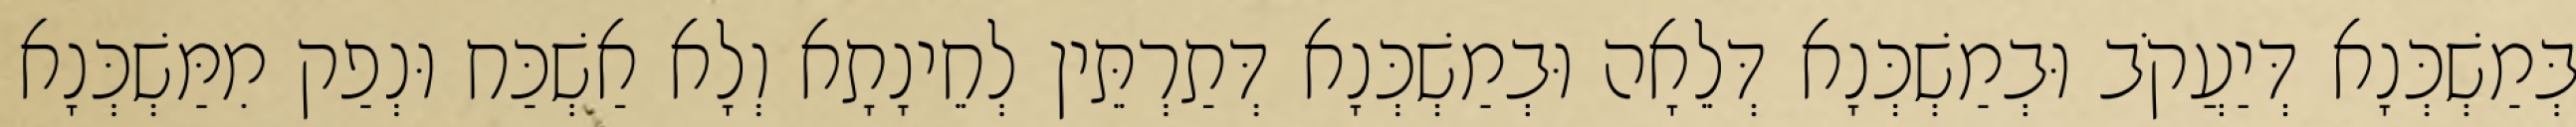
בְּמַשְׁכְּנָא דְּיַעֲקֹב וּבְמַשְׁכְּנָא דְּלֵאָה וּבְמַשְׁכְּנָא דְּתַרְתֵּין לְחֵינָתָא וְלָא אַשְׁכַּח וּנְפַק מִמַּשְׁכְּנָא